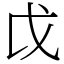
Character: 戉